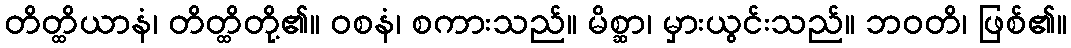
တိတ္ထိယာနံ၊ တိတ္ထိတို့၏။ ဝစနံ၊ စကားသည်။ မိစ္ဆာ၊ မှားယွင်းသည်။ ဘဝတိ၊ ဖြစ်၏။